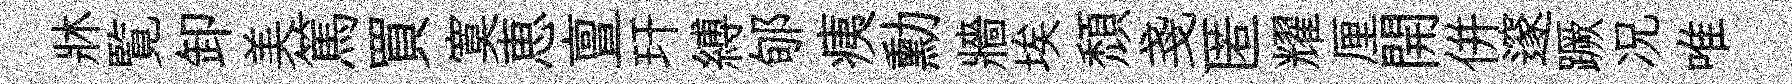
牀覧卸美篤買寞恵亶玕縛郇痍勳牆埃頽戔匿耀厘開併邃蹶况唯